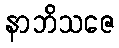
နာဘိသဇေ